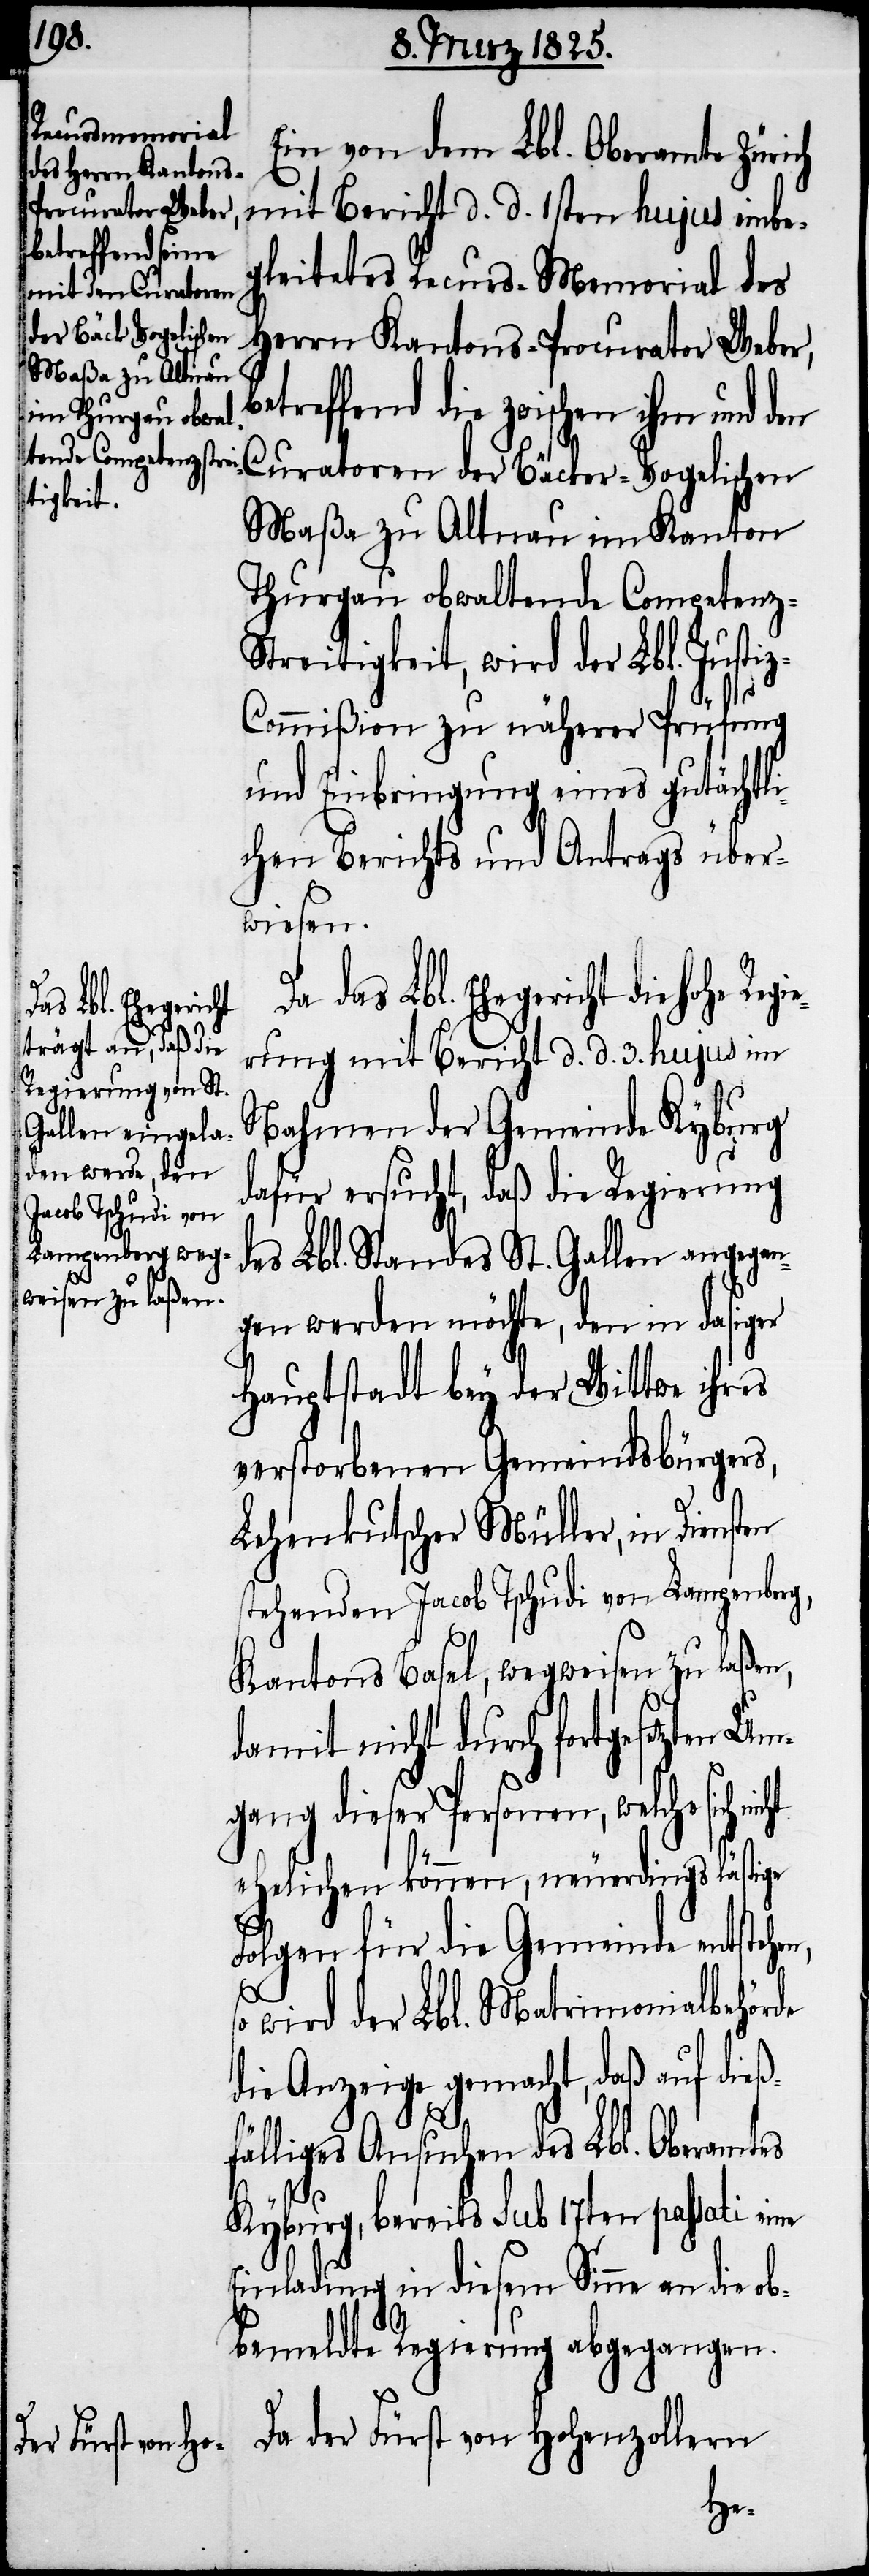
Ein von dem Lbl. Oberamte Züri¬
mit Bericht d. d. 1sten hujus einbe¬
gleitetes Recurs-Memorial des
Herrn Kantons-Procurator Weber,
etreffend die zwischen ihm und den
Curatoren der Bäcker-Vogelischen
Maßa zu Altnau im Kanton
Thurgau obwaltende Competenz-S¬
treitigkeit, wird der Lbl. Justi¬
z-Commißion zu näherer Prüfung
und Einbringung eines gutächtli¬
chen Berichts und Antrags über¬
wiesen.
Da das Lbl. Ehegericht die
rung mit Bericht d. d. 3. hujus im
Nahmen der Gemeinde Kyburg
dafür ersucht, daß die Regierung
des Lbl. Standes St. Gallen angegan¬
gen werden möchte, den in dasiger
Hauptstadt bey der Wittwe ihres
verstorbenen Gemeindsbürgers,
Lehenkutscher Müller, in Diensten
stehenden Jacob Tschudi von Lampenberg,
Kantons Basel, wegweisen zu laßen,
damit nicht durch fortgesetzten
gang dieser Personen, welche sich
ehelichen können, neuerdings lästige
Folgen für die Gemeinde entstehe¬
n,
so wird der Lbl. Matrimonialbehörde
die Anzeige gemacht, daß auf dieß¬
fälliges Ansuchen des Lbl. Oberamtes
Kyburg, bereits sub 17ten passati eine
Einladung in diesem Sinne an die ob¬
bemeldte Regierung abgegangen.
Da der Fürst von Hohenzollern
gie¬